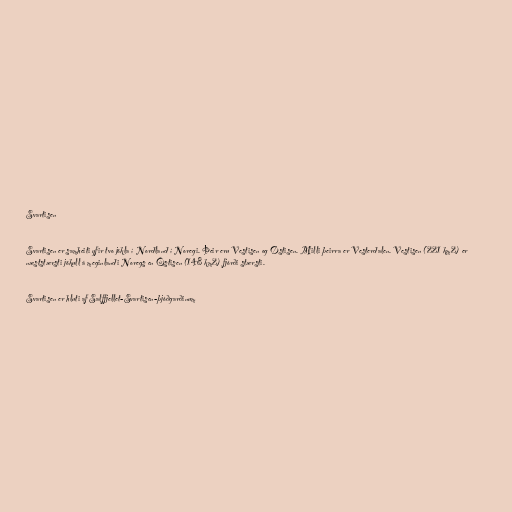
Svartisen

Svartisen er samheiti yfir tvo jökla í Nordland í Noregi. Þeir eru Vestisen og Østisen. Milli þeirra er Vesterdalen. Vestisen (221 km2) er
næststærsti jökull á meginlandi Noregs en Östisen (148 km2) fjórði stærsti.

Svartisen er hluti af Salffjellet-Svartisen-þjóðgarðinum